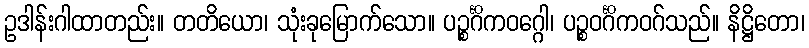
ဥဒါန်းဂါထာတည်း။ တတိယော၊ သုံးခုမြောက်သော။ ပဉ္စင်္ဂိကဝဂ္ဂေါ၊ ပဉ္စဝင်္ဂိကဝဂ်သည်။ နိဋ္ဌိတော၊